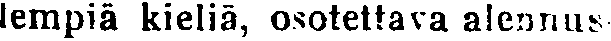
lempiä kieliä, osotettava alennus-